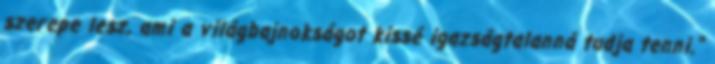
szerepe lesz, ami a világbajnokságot kissé igazságtalanná tudja tenni."